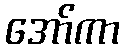
အော်ကာ